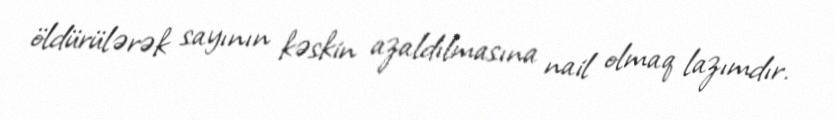
öldürülərək sayının kəskin azaldılmasına nail olmaq lazımdır.